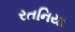
રતનિયા